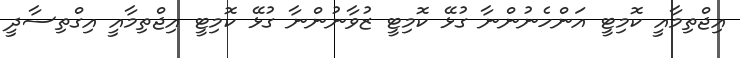
އިޖްތިމާއީ ކޮމިޓީ އަންހެނުންނާ ގުޅޭ ކޮމިޓީ ޒުވާނުންނާ ގުޅޭ ކޮމިޓީ އިޖްތިމާއީ އިގްތިސާދީ